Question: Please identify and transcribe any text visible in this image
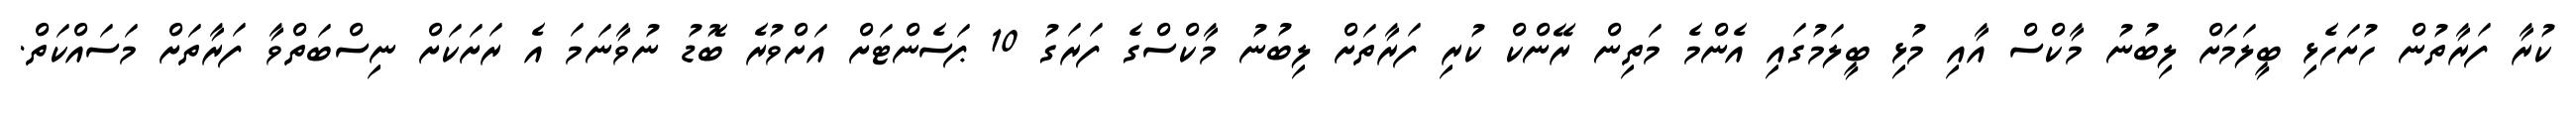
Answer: ކުރާ ފަރާތުން ހުށަހެޅި ބީލަމަށް ލިބުނު މާކްސް އާއި މުޅި ބީލަމުގައި އެންމެ މަތިން ރޭންކް ކުރި ފަރާތަށް ލިބުނު މާކްސްގެ ފަރަގު 10 ޕަސެންޓަށް އަށްވުރެ ބޮޑު ނުވާނަމަ އެ ރަށަކަށް ނިސްބަތްވާ ފަރާތަށް މަސައްކަތް.